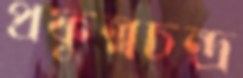
প্রফুল্লচন্দ্র